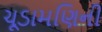
ચૂડામણિની